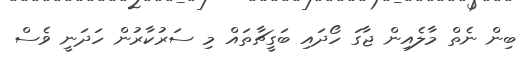
ބިން ނެތް މާލެއިން ޖާގަ ހޯދައި ބަގީޗާތައް މި ސަރުކާރުން ހަދަނީ ވެސް